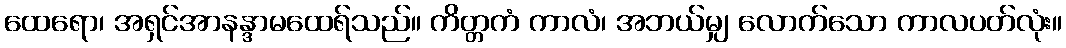
ထေရော၊ အရှင်အာနန္ဒာမထေရ်သည်။ ကိတ္တကံ ကာလံ၊ အဘယ်မျှ လောက်သော ကာလပတ်လုံး။